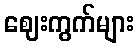
ဈေးကွက်များ